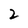
Character: 2